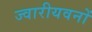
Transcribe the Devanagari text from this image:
ज्वारीयवनों